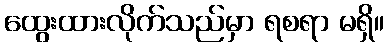
ထွေးထားလိုက်သည်မှာ ရစရာ မရှိ။